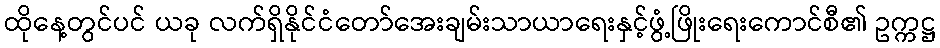
ထိုနေ့တွင်ပင် ယခု လက်ရှိနိုင်ငံတော်အေးချမ်းသာယာရေးနှင့်ဖွံ့ဖြိုးရေးကောင်စီ၏ ဥက္ကဋ္ဌ